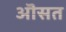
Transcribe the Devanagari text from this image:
ऒसत